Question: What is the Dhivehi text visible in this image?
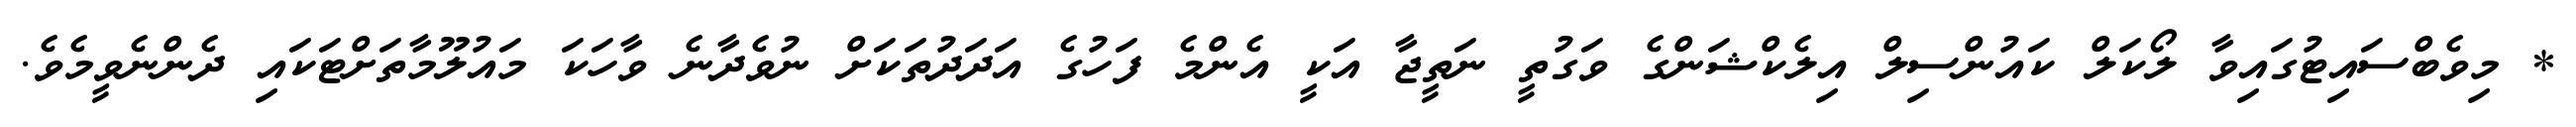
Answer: * މިވެބްސައިޓުގައިވާ ލޯކަލް ކައުންސިލް އިލެކްޝަންގެ ވަގުތީ ނަތީޖާ އަކީ އެންމެ ފަހުގެ އަދަދުތަކަށް ނުވެދާނެ ވާހަކަ މައުލޫމާތަށްޓަކައި ދެންނެވީމެވެ.